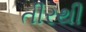
તીરથી